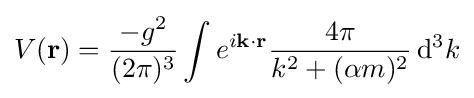
V(\mathbf {r} )={\frac {-g^{2}}{(2\pi )^{3}}}\int e^{i\mathbf {k\cdot r} }{\frac {4\pi }{k^{2}+(\alpha m)^{2}}}\,\mathrm {d} ^{3}k